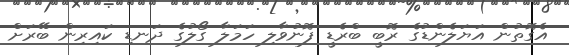
އެގޮތުން އަޔަލެންޑުގެ ރޮބީ ބްރެޑީ ފޮނުވާލި ހަމަލާ ގޯލުގެ ދަނޑި ކައިރިން ބޭރަށް